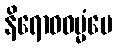
နိရောဓဓမ္မံပေ